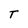
Character: T